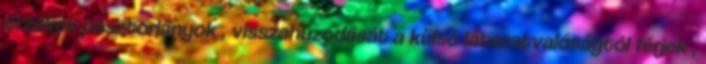
érzékek pásztorlányok , visszahúzódását a külső látszatvalóságtól férjek ,